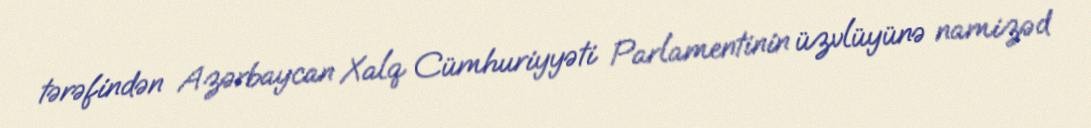
tərəfindən Azərbaycan Xalq Cümhuriyyəti Parlamentinin üzvlüyünə namizəd